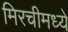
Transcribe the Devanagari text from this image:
मिरचीमध्ये